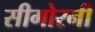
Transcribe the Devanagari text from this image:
सीगोरनी